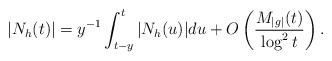
LaTeX: \begin{align*} |N_h(t)| = y^{-1}\int_{t-y}^{t} |N_h(u)| du + O\left(\frac{M_{|g|}(t)}{\log^2 t}\right).\end{align*}